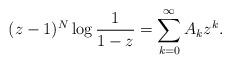
LaTeX: \begin{align*}(z-1)^N\log\dfrac{1}{1-z} & = \sum_{k=0}^{\infty}A_k z^k.\end{align*}